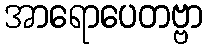
အာရောပေတဗ္ဗာ